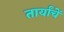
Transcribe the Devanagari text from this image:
तार्यांचें